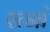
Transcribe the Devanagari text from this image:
रत्‍नां